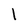
Character: I